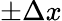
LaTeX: \pm\Delta x